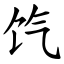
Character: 饩